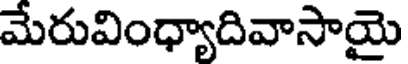
మేరువింధ్యాదివాసాయై